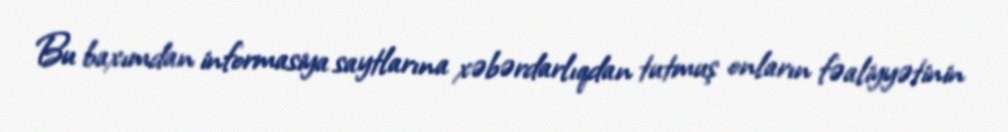
Bu baxımdan informasiya saytlarına xəbərdarlıqdan tutmuş onların fəaliyyətinin